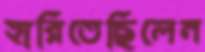
হারিতেছিলেন